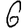
Digit: 6